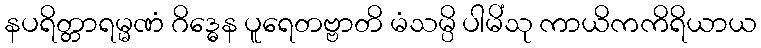
နပရိတ္တာရမ္မဏံ ဂိဒ္ဓေန ပူရေတဗ္ဗာတိ မံသမ္ပိ ပါမိံသု ကာယိကကိရိယာယ